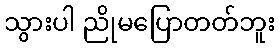
သွားပါ ညိုမပြောတတ်ဘူး